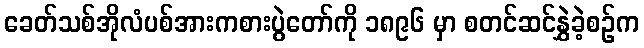
ခေတ်သစ်အိုလံပစ်အားကစားပွဲတော်ကို ၁၈၉၆ မှာ စတင်ဆင်နွှဲခဲ့စဉ်က